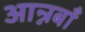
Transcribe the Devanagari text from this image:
आन्नबाँ